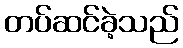
တပ်ဆင်ခဲ့သည်